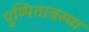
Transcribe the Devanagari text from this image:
पुष्पितावस्था